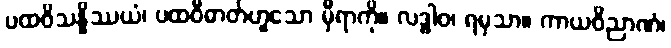
ပထဝိသန္နိဿယံ၊ ပထဝီဓာတ်ဟူသော မှီရာကို။ လဒ္ဓါဝ၊ ရမှသာ။ ကာယဝိညာဏံ၊